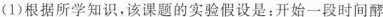
(1)根据所学知识，该课题的实验假设是：开始一段时间酵